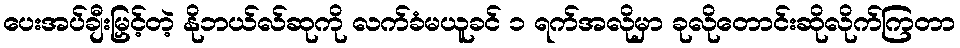
ပေးအပ်ချီးမြှင့်တဲ့ နိုဘယ်လ်ဆုကို လက်ခံမယူခင် ၁ ရက်အလိုမှာ ခုလိုတောင်းဆိုလိုက်ကြတာ